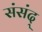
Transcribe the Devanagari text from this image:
संसंद्